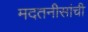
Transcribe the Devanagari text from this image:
मदतनीसांची